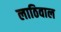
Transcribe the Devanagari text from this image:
लाठिवाल